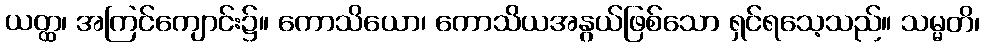
ယတ္ထ၊ အကြင်ကျောင်း၌။ ကောသိယော၊ ကောသိယအနွယ်ဖြစ်သော ရှင်ရသေ့သည်။ သမ္မတိ၊